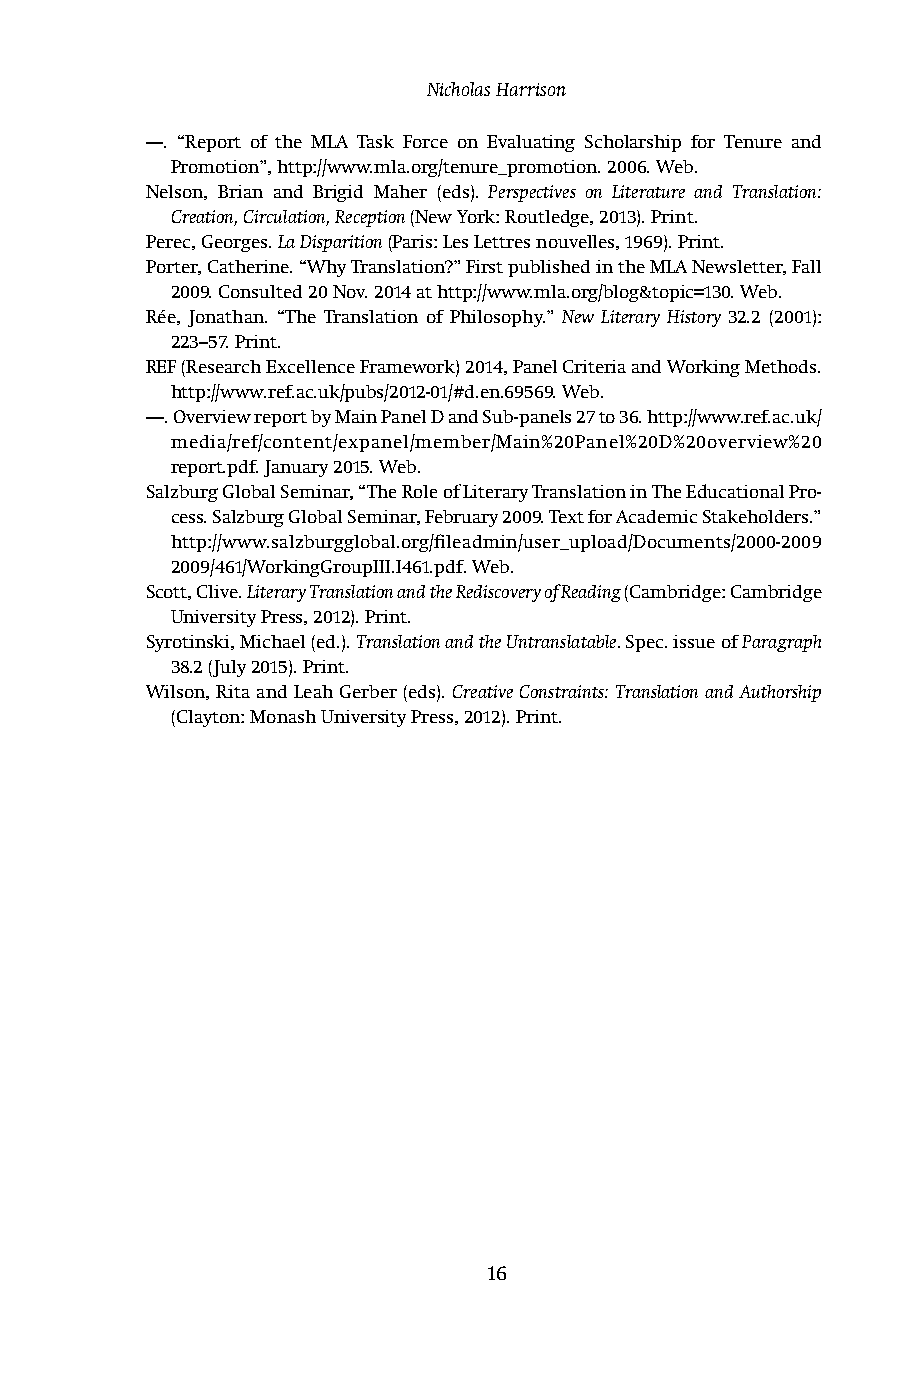
Nicholas Harrison
 ––. “Report of the MLA Task Force on Evaluating Scholarship for Tenure and
 Promotion”, http://www.mla.org/tenure_promotion. 2006. Web.
 Nelson, Brian and Brigid Maher (eds). Perspectives on Literature and Translation:
 Creation, Circulation, Reception (New York: Routledge, 2013). Print.
 Perec, Georges. La Disparition (Paris: Les Lettres nouvelles, 1969). Print.
 Porter, Catherine. “Why Translation?” First published in the MLA Newsletter, Fall
 2009. Consulted 20 Nov. 2014 at http://www.mla.org/blog&topic=130. Web.
 Rée, Jonathan. “The Translation of Philosophy.” New Literary History 32.2 (2001):
 223–57. Print.
 REF (Research Excellence Framework) 2014, Panel Criteria and Working Methods.
 http://www.ref.ac.uk/pubs/2012-01/#d.en.69569. Web.
 ––. Overview report by Main Panel D and Sub-panels 27 to 36. http://www.ref.ac.uk/
 media/ref/content/expanel/member/Main%20Panel%20D%20overview%20
 report.pdf. January 2015. Web.
 Salzburg Global Seminar, “The Role of Literary Translation in The Educational Pro -
 cess. Salzburg Global Seminar, February 2009. Text for Academic Stakeholders.”
 http://www.salzburgglobal.org/fileadmin/user_upload/Documents/2000-2009
 2009/461/WorkingGroupIII.I461.pdf. Web.
 Scott, Clive. Literary Translation and the Rediscovery of Reading (Cambridge: Cambridge
 University Press, 2012). Print.
 Syrotinski, Michael (ed.). Translation and the Untranslatable. Spec. issue of Paragraph
 38.2 (July 2015). Print.
 Wilson, Rita and Leah Gerber (eds). Creative Constraints: Translation and Authorship
 (Clayton: Monash University Press, 2012). Print.
 16